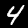
Digit: 4